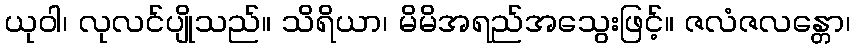
ယုဝါ၊ လုလင်ပျိုသည်။ သိရိယာ၊ မိမိအရည်အသွေးဖြင့်။ ဇလံဇလန္တော၊